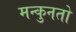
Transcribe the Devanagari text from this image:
मन्कुनतो